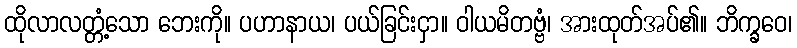
ထိုလာလတ္တံ့သော ဘေးကို။ ပဟာနာယ၊ ပယ်ခြင်းငှာ။ ဝါယမိတဗ္ဗံ၊ အားထုတ်အပ်၏။ ဘိက္ခဝေ၊